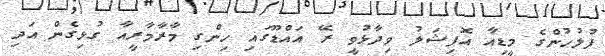
ފުލުހުންގެ މީޑިއާ އޮފިޝަލު ވިދާޅުވީ ރޭ އައްޑޫގައި ހިންގި މާރާމާރީއާ ގުޅިގެން އަދި